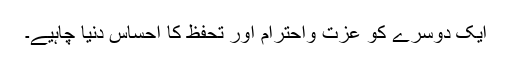
ایک دوسرے کو عزت واحترام اور تحفظ کا احساس دنیا چاہیے۔